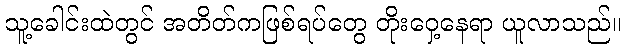
သူ့ခေါင်းထဲတွင် အတိတ်ကဖြစ်ရပ်တွေ တိုးဝှေ့နေရာ ယူလာသည်။